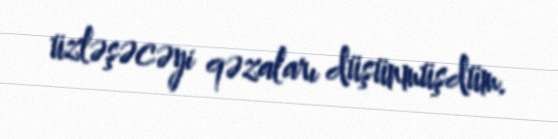
üzləşəcəyi qəzaları düşünmüşdüm.